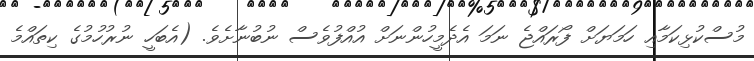
މުސްކުޅިކަމާއި ހަމަޔަށް ފޯރައްޖެ ނަމަ އެދެމީހުންނަށް އުއްފުވެސް ނުބުނާށެވެ. (އެބަހީ ނުރުހުމުގެ ކިތައްމެ